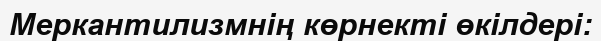
Меркантилизмнің көрнекті өкілдері: